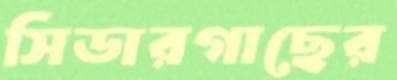
সিডারগাছের